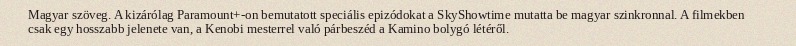
Magyar szöveg. A kizárólag Paramount+-on bemutatott speciális epizódokat a SkyShowtime mutatta be magyar szinkronnal. A filmekben csak egy hosszabb jelenete van, a Kenobi mesterrel való párbeszéd a Kamino bolygó létéről.